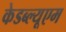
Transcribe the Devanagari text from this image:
केडब्ल्यूएम